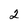
Character: 2